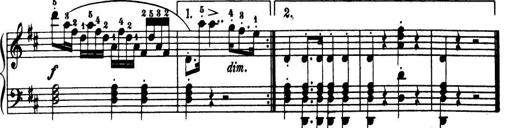
Title: 32 Sonatinas and Rondos for the Piano
Composer: Richard Kleinmichel